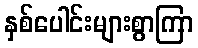
နှစ်ပေါင်းများစွာကြာ